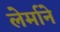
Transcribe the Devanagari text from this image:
लेर्माने